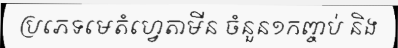
ប្រភេទមេតំហ្វេតាមីន ចំនួន១កញ្ចប់ និង